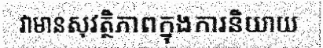
វាមានសុវត្ថិភាពក្នុងការនិយាយ